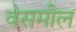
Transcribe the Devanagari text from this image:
वेसमील